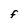
Character: F